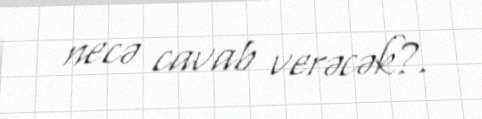
necə cavab verəcək?.